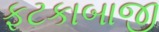
ફટકાબાજી